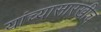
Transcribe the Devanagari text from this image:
यांच्यासारखीच